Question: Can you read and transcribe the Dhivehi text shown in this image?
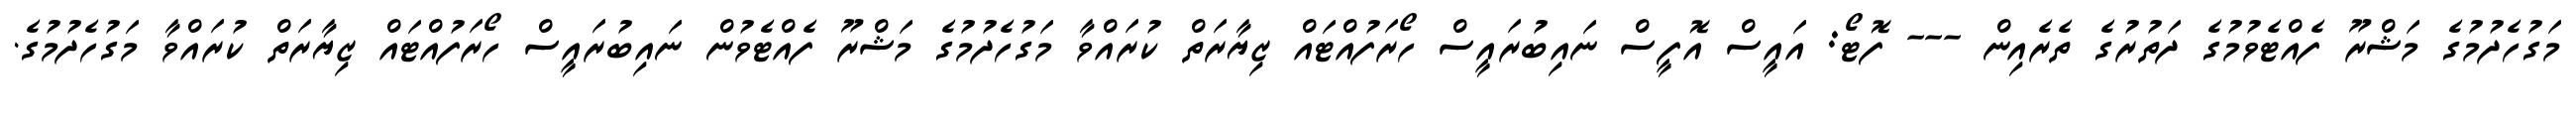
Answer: މަގުހެދުމުގެ މަޝްރޫ ފެއްޓެވުމުގެ ދަތުރުގެ ތެރެއިން --- ފޮޓޯ: އައީސް އޮފީސް ނައިބުރައީސް ހޯރަފުއްޓައް ޒިޔާރަތް ކުރައްވާ މަގުހެދުމުގެ މަޝްރޫ ފެއްޓެވުން ނައިބުރައީސް ހޯރަފުއްޓައް ޒިޔާރަތް ކުރައްވާ މަގުހެދުމުގެ.